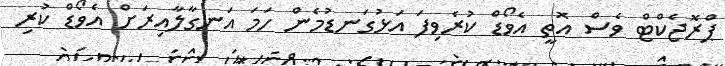
ޕްރޮޖެކްޓް ވެސް އޮތީ އެވޯޑް ކުރެވިފަ އަޅުގަނޑުމެން ހަމަ އަނގާލާއިރަށް އެވޯޑް ކުރި